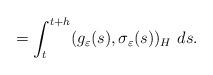
LaTeX: \begin{align*} = \int_t^{t+h} (g_{\varepsilon}(s) , \sigma_{\varepsilon}(s))_H \ ds .\end{align*}